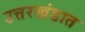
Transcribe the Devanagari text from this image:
उत्तरखंडात